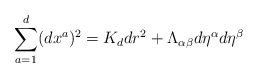
\begin{align*}\sum_{a=1}^d (dx^a)^2 = K_d dr^2 + \Lambda_{\alpha \beta}d\eta^\alpha d\eta^\beta\end{align*}